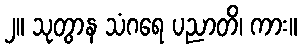
၂။ သုတွာန သံဂရေ ပညာတိ၊ ကား။